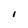
Character: I